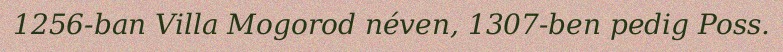
1256-ban Villa Mogorod néven, 1307-ben pedig Poss.